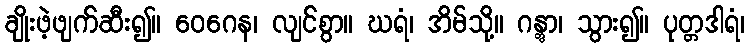
ချိုးဖဲ့ဖျက်ဆီး၍။ ဝေဂေန၊ လျင်စွာ။ ဃရံ၊ အိမ်သို့။ ဂန္တွာ၊ သွား၍။ ပုတ္တဒါရံ၊